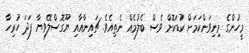
މީހުންގެ މިނިވަންކަމަށް ކުޑަކޮށް ވެސް ބެލުމެއް ނެތިއެވެ. ޗައިނާއާއި ޔޫގޮސްލޭވިޔާ ފަދަ ހުރިހާ